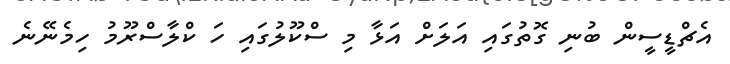
އެޗްޑީސީން ބުނި ގޮތުގައި އަލަށް އަޅާ މި ސްކޫލުގައި ހަ ކްލާސްރޫމު ހިމެނޭނެ